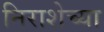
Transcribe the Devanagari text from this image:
निराशेच्या